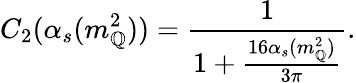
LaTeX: C_{2}(\alpha_{s}(m_{\mathbb{Q}}^{2}))=\frac{{1}}{{1+\frac{{16\alpha_{s}(m_{\mathbb{Q}}^{2})}}{{3\pi}}}}.